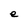
Character: e